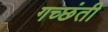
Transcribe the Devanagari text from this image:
गच्छंती